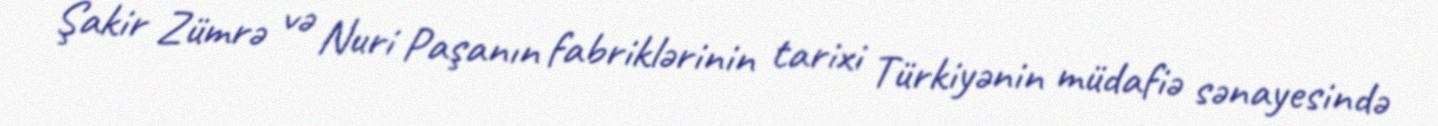
Şakir Zümrə və Nuri Paşanın fabriklərinin tarixi Türkiyənin müdafiə sənayesində